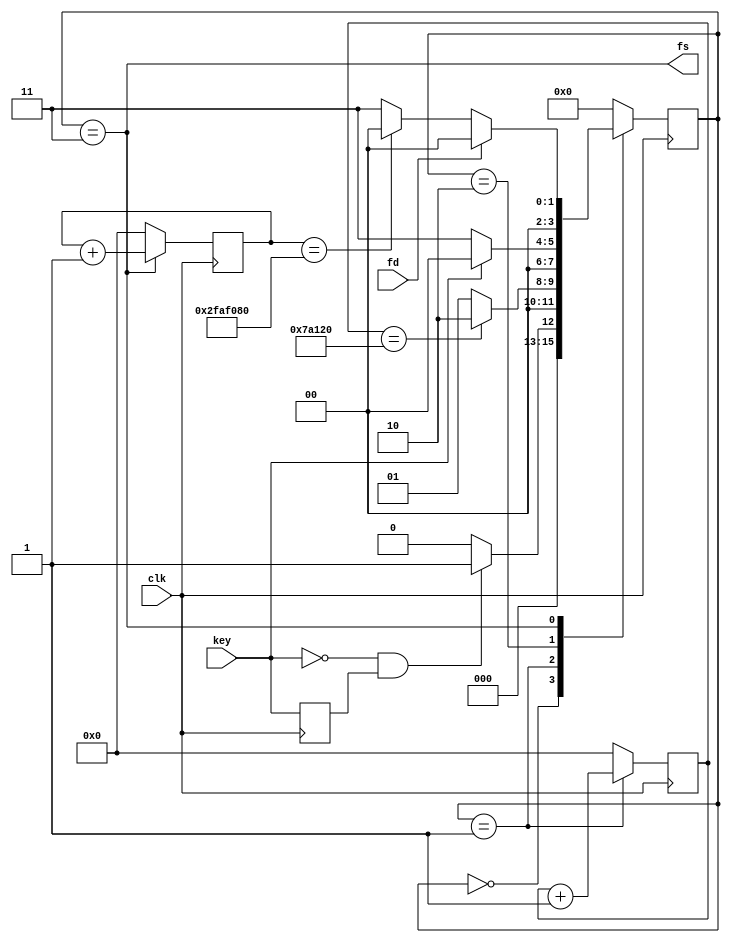
module key(
    input clk,
    input key,
    
    output fs,
    input fd
);

    localparam TIME_SHIV = 32'd500_000;
    localparam TIME_AUTO = 32'd50_000_000;

    localparam IDLE = 4'h0, PRE0 = 4'h1, PRE1 = 4'h2, WORK = 4'h3;

    reg [31:0] shiv_cnt, auto_cnt;
    reg [3:0] state, next_state;

    reg last_key;
    assign fs = (state == WORK);

    always @(posedge clk) begin
        last_key <= key;
    end


    always @(posedge clk) begin
        case(state)
            IDLE: begin
                if(key == 1'b0 && last_key == 1'b1) state <= PRE0;
                else state <= IDLE;
            end
            PRE0: begin
                if(shiv_cnt == TIME_SHIV)  state <= PRE1;
                else state <= PRE0;
            end
            PRE1: begin
                if(key == 1'b0) state <= WORK;
                else state <= IDLE;
            end
            WORK: begin
                if(fd) state <= IDLE;
                else if(auto_cnt == TIME_AUTO) state <= IDLE;
                else state <= WORK;
            end
            default: state <= IDLE;
        endcase
    end

    always @(posedge clk) begin
        if(state == PRE0) shiv_cnt <= shiv_cnt + 1'b1;
        else shiv_cnt <= 32'h0;
    end

    always @(posedge clk) begin
        if(state == WORK) auto_cnt <= auto_cnt + 1'b1;
        else auto_cnt <= 32'h0;
    end


endmodule